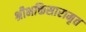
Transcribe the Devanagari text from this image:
श्रीभक्तिसारामृत